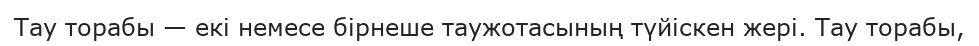
Тау торабы — екі немесе бірнеше таужотасының түйіскен жері. Тау торабы,